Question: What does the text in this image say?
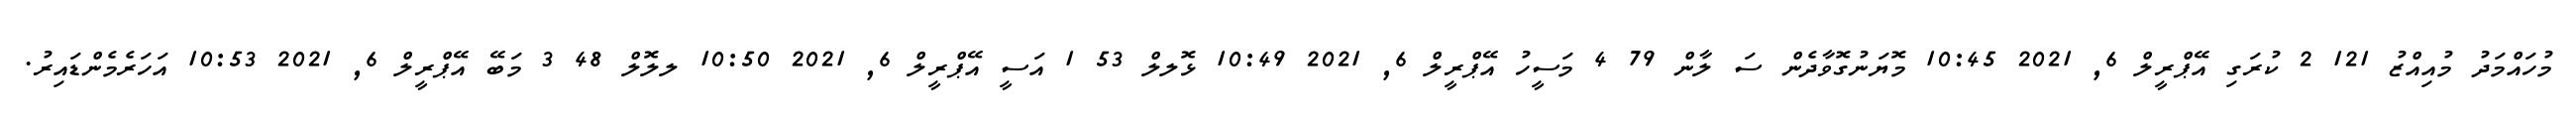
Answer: މުހައްމަދު މުއިއްޒު 121 2 ކުރަގި އޭޕްރީލް 6, 2021 10:45 މޮޔަނުގޮވާދެން ސަ ލާން 79 4 މަސީހު އޭޕްރީލް 6, 2021 10:49 ޅޮލލް 53 1 އަސީ އޭޕްރީލް 6, 2021 10:50 ލލޮލް 48 3 މަބޭ އޭޕްރީލް 6, 2021 10:53 އަހަރެމެންޑައިރު.